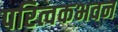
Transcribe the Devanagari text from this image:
परित्वकभवन